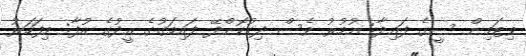
ވިޓަމިން ސީގެ ފައިދާ: އުމުރު ވެސް ދިގުކޮށްދޭ ފައިމަގުގެ އީދުގެ އުފާ: މިފަހަރު